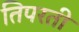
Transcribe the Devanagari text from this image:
तिपरती